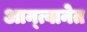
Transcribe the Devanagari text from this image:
आन्त्वानेत